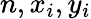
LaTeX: n,x_{i},y_{i}